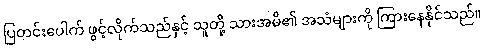
ပြတင်းပေါက် ဖွင့်လိုက်သည်နှင့် သူတို့ သားအမိ၏ အသံများကို ကြားနေနိုင်သည်။